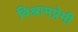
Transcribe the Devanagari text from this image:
विश्रामप्रेमी